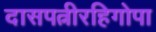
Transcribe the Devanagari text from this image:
दासपत्नीरहिगोपा